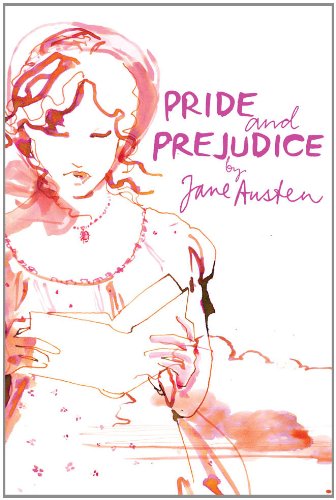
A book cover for Pride and Prejudice (Classic Lines); Jane Austen; Self-Help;